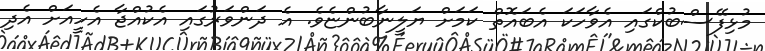
މުޅިފޭސްބުކްގައި އެވާހަކަ އެބައޮތް ކަމަށް ޔަލީނާބުންޏެވެ. އެ ދަންވަރުގައި އެކުއްޖާ އެހީއަށް އެދި